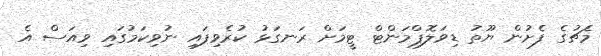
މެޗުގެ ފެށުން ޔޫތު ޑިވަލޮޕްމަންޓް ޓީމަށް ރަނގަޅު ކުރެވިފައި ނުވިކަމުގައި ވިއަސް އެ